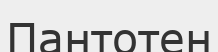
Пантотен